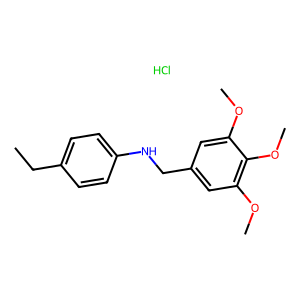
SMILES: CCc1ccc(NCc2cc(OC)c(OC)c(OC)c2)cc1.Cl
Inhibits HIV replication: No